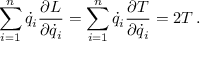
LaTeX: \sum _ { i = 1 } ^ { n } { \dot { q } } _ { i } { \frac { \partial L } { \partial { \dot { q } } _ { i } } } = \sum _ { i = 1 } ^ { n } { \dot { q } } _ { i } { \frac { \partial T } { \partial { \dot { q } } _ { i } } } = 2 T \, .